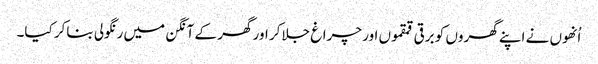
اُنھوں نے اپنے گھروں کو برقی قمقموں اور چراغ جلاکر اور گھر کے آنگن میں رنگولی بناکر کیا۔